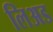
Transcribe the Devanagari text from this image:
लिअड